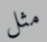
مثل